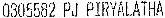
0305582 PJ PIRYALATHA